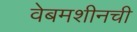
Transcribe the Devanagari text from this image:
वेबमशीनची